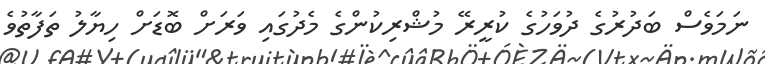
ނަމަވެސް ބަދުރުގެ ދުވަހުގެ ކުރީރޭ މުޝްރިކުންގެ މެދުގައި ވަރަށް ބޮޑަށް ހިޔާލު ތަފާތުވެ